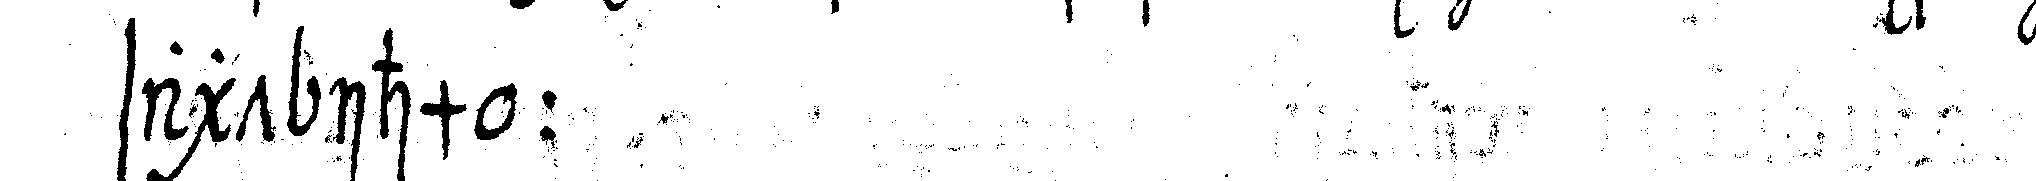
sagt ihm :